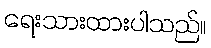
ရေးသားထားပါသည်။